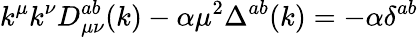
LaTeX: k^{\mu}k^{\nu}D_{\mu\nu}^{ab}(k)-\alpha\mu^{2}\Delta^{ab}(k)=-\alpha\delta^{ab}